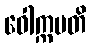
ဝေါက္ကမတိ